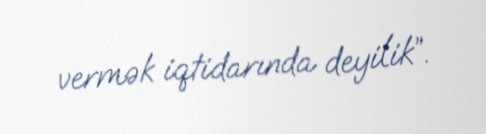
vermək iqtidarında deyilik”.